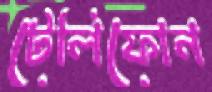
টেলিফোন